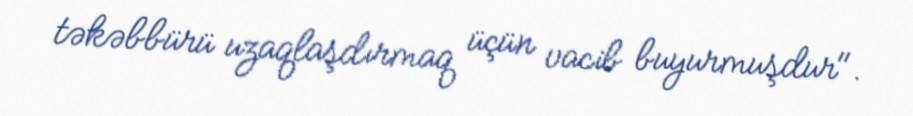
təkəbbürü uzaqlaşdırmaq üçün vacib buyurmuşdur".